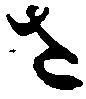
さ